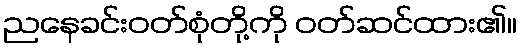
ညနေခင်းဝတ်စုံတို့ကို ဝတ်ဆင်ထား၏။